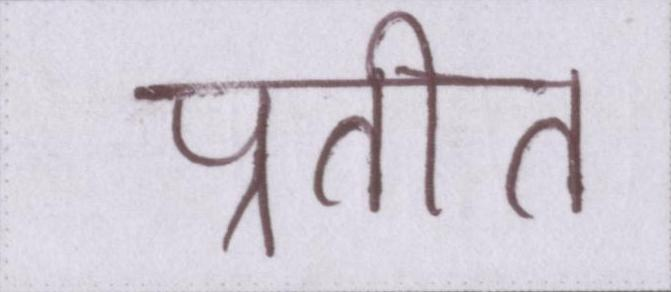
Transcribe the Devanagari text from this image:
प्रतीत